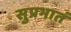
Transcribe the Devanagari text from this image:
सुप्रभातं